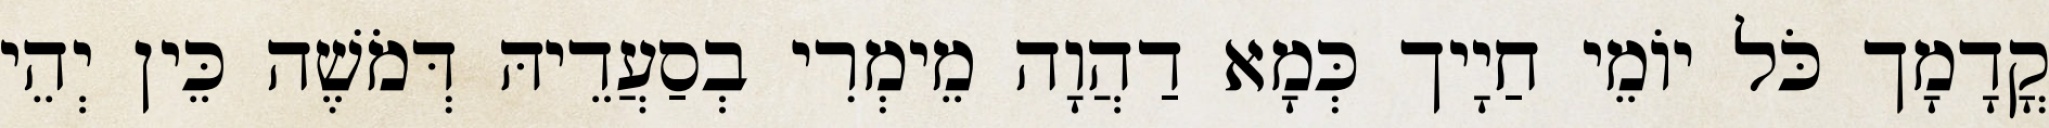
קֳדָמָך כֹּל יוֹמֵי חַיָיך כְּמָא דַהֲוָה מֵימְרִי בְסַעֲדֵיהּ דְּמֹשֶׁה כֵּין יְהֵי